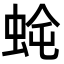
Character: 𮔈